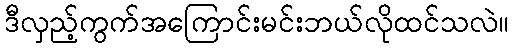
ဒီလှည့်ကွက်အကြောင်းမင်းဘယ်လိုထင်သလဲ။